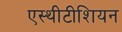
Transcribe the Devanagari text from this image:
एस्थीटीशियन